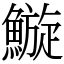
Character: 䲂